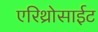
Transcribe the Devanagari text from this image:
एरिथ्रोसाईट